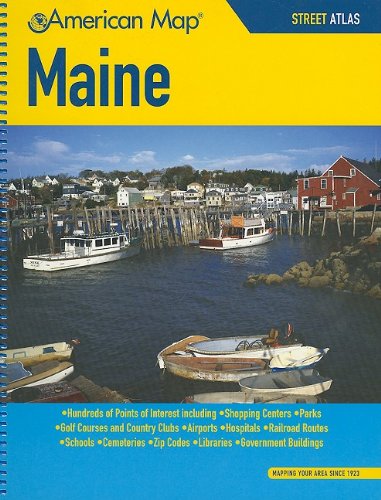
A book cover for Maine Street Atlas; Travel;